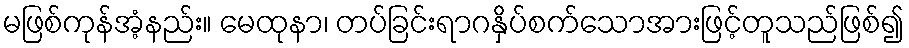
မဖြစ်ကုန်အံ့နည်း။ မေထုနာ၊ တပ်ခြင်းရာဂနှိပ်စက်သောအားဖြင့်တူသည်ဖြစ်၍